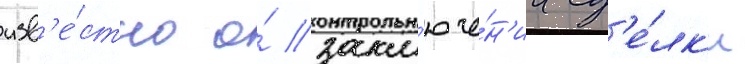
изв'е́стно о́ закл'юче́н'ии сд'е́лк'и